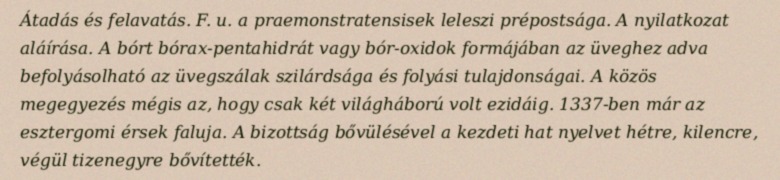
Átadás és felavatás. F. u. a praemonstratensisek leleszi prépostsága. A nyilatkozat aláírása. A bórt bórax-pentahidrát vagy bór-oxidok formájában az üveghez adva befolyásolható az üvegszálak szilárdsága és folyási tulajdonságai. A közös megegyezés mégis az, hogy csak két világháború volt ezidáig. 1337-ben már az esztergomi érsek faluja. A bizottság bővülésével a kezdeti hat nyelvet hétre, kilencre, végül tizenegyre bővítették.